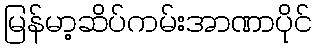
မြန်မာ့ဆိပ်ကမ်းအာဏာပိုင်